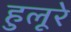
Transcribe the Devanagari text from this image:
हुलूरे